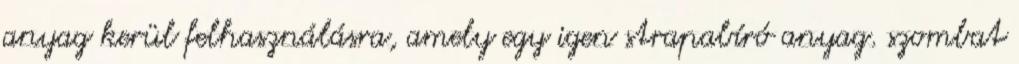
anyag kerül felhasználásra, amely egy igen strapabíró anyag. szombat